Report on leprosy in the North-Western Provinces
Disease focus: Leprosy
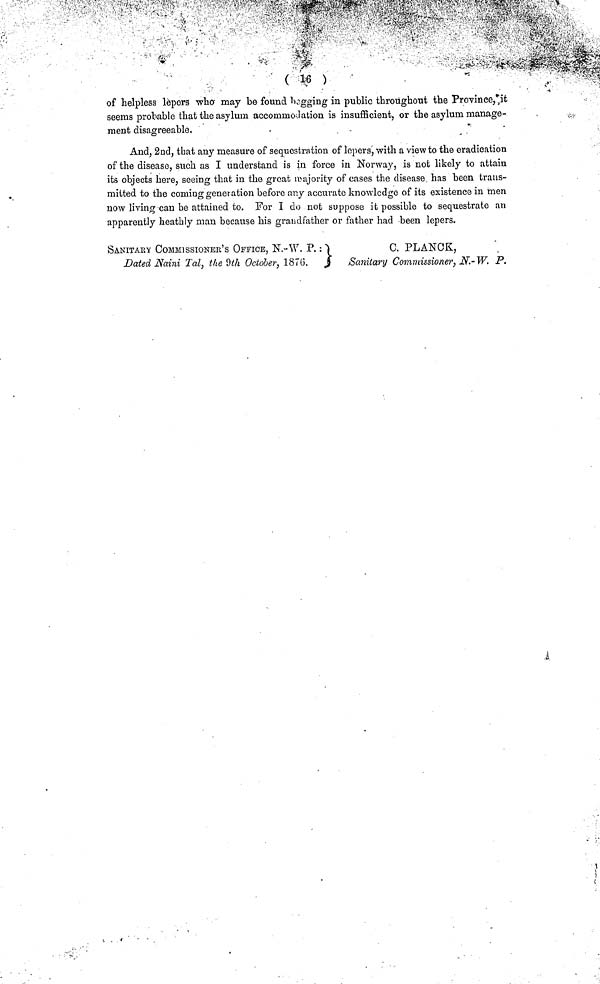
( '
of helpless lepers who may be found begging in public throughout the Province, it
seems probable that the asylum accommodation is insufficient, or the asylum manage-
ment disagreeable.
And, 2nd, that any measure of sequestration of lepers, with a view to the eradication
of the disease, such as I understand is in force in Norway, is not likely to attain
its objects here, seeing that in the great majority of cases the disease, has been trans-
mitted to the coming generation before any accurate knowledge of its existence in men
now living can be attained to. For I do not suppose it possible to sequestrate an
apparently heathly man because his grandfather or father had been lepers.
SANITARY COMMISSIONER'S OFFICE, N.-W. P. :
C. PLANCK,
Dated Naini Tal, the 9th October, 1876.
Sanitary Commissioner, N.-W. P.